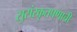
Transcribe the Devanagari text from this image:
सुसंस्कृतपणाची